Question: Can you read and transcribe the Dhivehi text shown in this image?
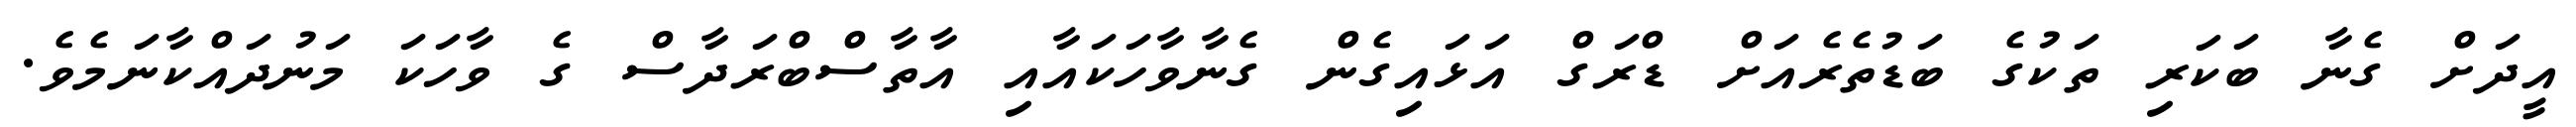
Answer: އީދަށް ގެނާ ބަކަރި ތަކުގެ ބަޑުތެރެއަށް ޑްރަގް އަޅައިގެން ގެނާވާހަކައާއި އާތާސްބްރަދާސް ގެ ވާހަކަ މަނުދައްކާނަމެވެ.